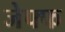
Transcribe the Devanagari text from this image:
जेफ्फ